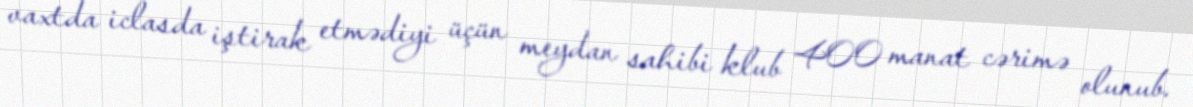
vaxtda iclasda iştirak etmədiyi üçün meydan sahibi klub 400 manat cərimə olunub.